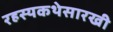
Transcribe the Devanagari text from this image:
रहस्यकथेसारखी